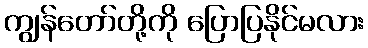
ကျွန်တော်တို့ကို ပြောပြနိုင်မလား